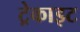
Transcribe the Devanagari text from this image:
ट्रेकाइट